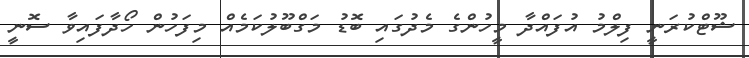
ޝޫޓްކުރަނީ ފިލްމު އުފައްދާ މީހުންގެ މެދުގައި ބޮޑު މަގްބޫލުކަމެއް މިފަހުން ހޯދާފައިވާ ސޮނީ